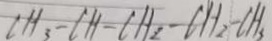
C H _ { 3 } - C H - C H _ { 2 } - C H _ { 2 } - C H _ { 3 }